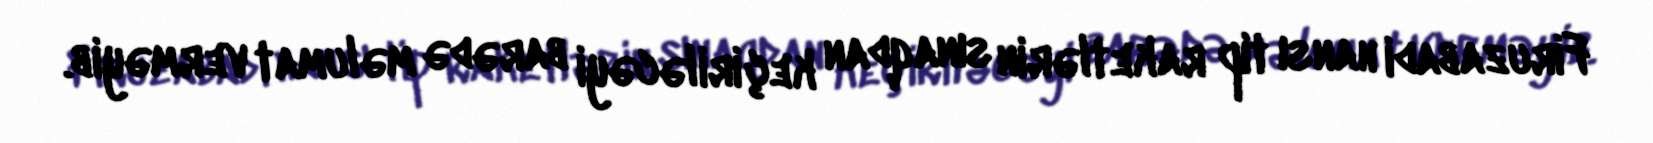
Firuzabadi hansı tip raketlərin sınaqdan keçiriləcəyi barədə məlumat verməyib.